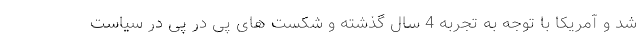
شد و آمریکا با توجه به تجربه 4 سال گذشته و شکست های پی در پی در سیاست